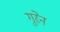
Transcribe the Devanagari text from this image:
गुरेन